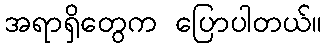
အရာရှိတွေက ပြောပါတယ်။